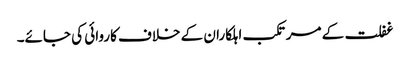
غفلت کے مرتکب اہلکاران کے خلاف کاروائی کی جائے۔